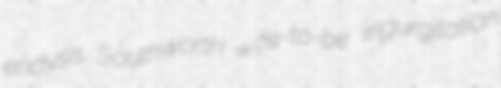
endysis Southworth wife-to-be ingurgitation